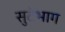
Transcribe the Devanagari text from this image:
सुटेभाग